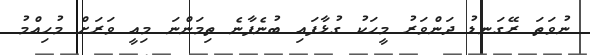
ނުވަތަ ރޭގަނޑު ދަންވަރު މީހަކު ގުޅާފައި ބުނެފާނެ ތިމަންނަ މިއީ ވަރަށް މުހިއްމު